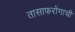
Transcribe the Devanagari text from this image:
तासाफरोंगाची